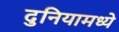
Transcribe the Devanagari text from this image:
दुनियामध्ये